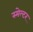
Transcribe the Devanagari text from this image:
स्मेल्टर